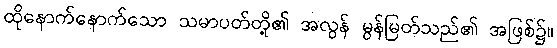
ထိုနောက်နောက်သော သမာပတ်တို့၏ အလွန် မွန်မြတ်သည်၏ အဖြစ်၌။